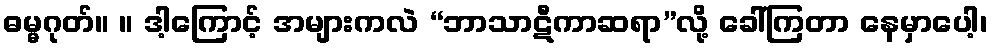
ဓမ္မဂုတ်။ ။ ဒါ့ကြောင့် အများကလဲ “ဘာသာဋီကာဆရာ”လို့ ခေါ်ကြတာ နေမှာပေါ့၊